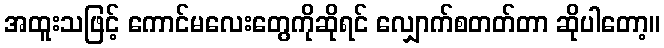
အထူးသဖြင့် ကောင်မလေးတွေကိုဆိုရင် လျှောက်စတတ်တာ ဆိုပါတော့။